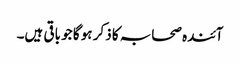
آئندہ صحابہ کا ذکر ہو گا جو باقی ہیں۔